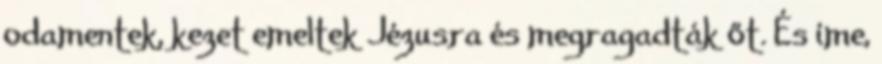
odamentek, kezet emeltek Jézusra és megragadták őt. És íme,